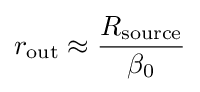
r_{\text{out}}\approx {\frac {R_{\text{source}}}{\beta _{0}}}